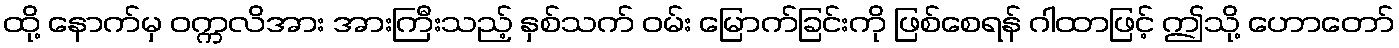
ထို့ နောက်မှ ဝက္ကလိအား အားကြီးသည့် နှစ်သက် ဝမ်း မြောက်ခြင်းကို ဖြစ်စေရန် ဂါထာဖြင့် ဤသို့ ဟောတော်